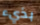
بذيء